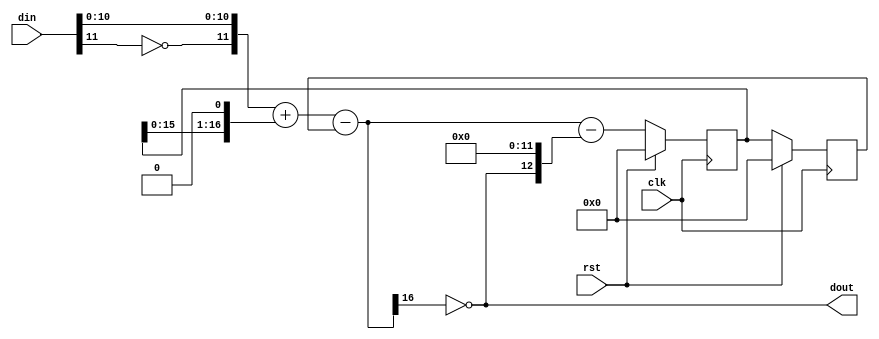
/*  This file is part of JT12.

    JT12 is free software: you can redistribute it and/or modify
    it under the terms of the GNU General Public License as published by
    the Free Software Foundation, either version 3 of the License, or
    (at your option) any later version.

    JT12 is distributed in the hope that it will be useful,
    but WITHOUT ANY WARRANTY; without even the implied warranty of
    MERCHANTABILITY or FITNESS FOR A PARTICULAR PURPOSE.  See the
    GNU General Public License for more details.

    You should have received a copy of the GNU General Public License
    along with JT12.  If not, see <http://www.gnu.org/licenses/>.

	Author: Jose Tejada Gomez. Twitter: @topapate
	Version: 1.0
	Date: March, 9th 2017
	*/

`timescale 1ns / 1ps

/*

	input sampling rate must be the same as clk frequency
    interpolate input signal accordingly to get the
    right sampling rate.
	
	Refer to sigmadelta.ods to see how the internal width (int_w)
	was determined.

*/

module jt12_dac2 #(parameter width=12)
(
	input	clk,
    input	rst,
    input	signed [width-1:0] din,
    output	reg dout
);

localparam int_w = width+5;

reg [int_w-1:0] y, error, error_1, error_2;

wire [width-1:0] undin = { ~din[width-1], din[width-2:0] };

always @(*) begin
	y = undin + { error_1, 1'b0} - error_2;
	dout = ~y[int_w-1];
	error = y - {dout, {width{1'b0}}};
end

always @(posedge clk)
	if( rst ) begin
		error_1 <= {int_w{1'b0}};
		error_2 <= {int_w{1'b0}};
	end else begin
		error_1 <= error;
		error_2 <= error_1;
	end

endmodule